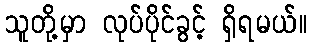
သူတို့မှာ လုပ်ပိုင်ခွင့် ရှိရမယ်။